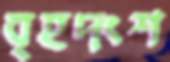
বৃহদংশ